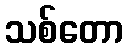
သစ်တော